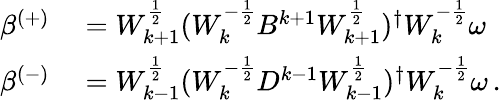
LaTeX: \begin{array}{rl}{\beta^{(+)}}&{{}=W_{k+1}^{\frac{1}{2}}(W_{k}^{-\frac{1}{2}}B^{k+1}W_{k+1}^{\frac{1}{2}})^{\dagger}W_{k}^{-\frac{1}{2}}\omega}\\ {\beta^{(-)}}&{{}=W_{k-1}^{\frac{1}{2}}(W_{k}^{-\frac{1}{2}}D^{k-1}W_{k-1}^{\frac{1}{2}})^{\dagger}W_{k}^{-\frac{1}{2}}\omega\, .}\end{array}